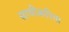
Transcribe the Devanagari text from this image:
साथीकरिता